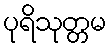
ပုရိသုတ္တမ